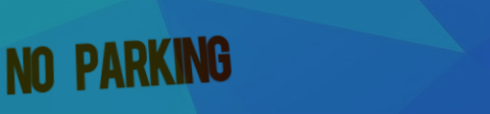
No Parking